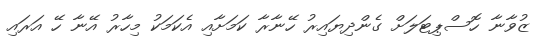
ޒުވާނާ ހޮސްޕިޓަލަށް ގެންދިޔައިރު ހޭނާރާ ކަމަށާއި އެކަމަކު މިހާރު އޭނާ ހޭ އަރައި